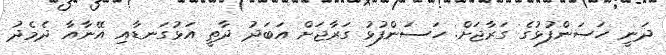
ދަނީ ހަސަންފުޅުގެ ގަރާޖަށް. ހަސަންފުޅު ގަރާޖަށް އަބަދު ދާތީ އަޅުގަނޑާއި އޭނާއާ ދެމެދު